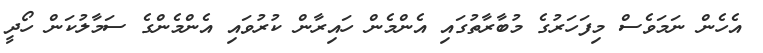
އެހެން ނަމަވެސް މިފަހަރުގެ މުބާރާތުގައި އެންމެން ހައިރާން ކުރުވައި އެންމެންގެ ސަމާލުކަން ހޯދީ